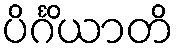
ပိင်္ဂိယာတိ